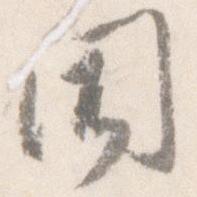
聞